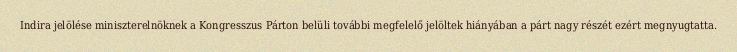
Indira jelölése miniszterelnöknek a Kongresszus Párton belüli további megfelelő jelöltek hiányában a párt nagy részét ezért megnyugtatta.